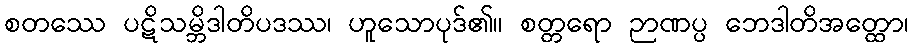
စတဿေ ပဋိသမ္ဘိဒါတိပဒဿ၊ ဟူသောပုဒ်၏။ စတ္တရော ဉာဏပ္ပ ဘေဒါတိအတ္ထော၊